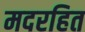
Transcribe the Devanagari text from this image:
मदरहित